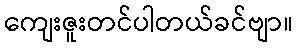
ကျေးဇူးတင်ပါတယ်ခင်ဗျာ။